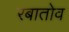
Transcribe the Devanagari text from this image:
रबातोव